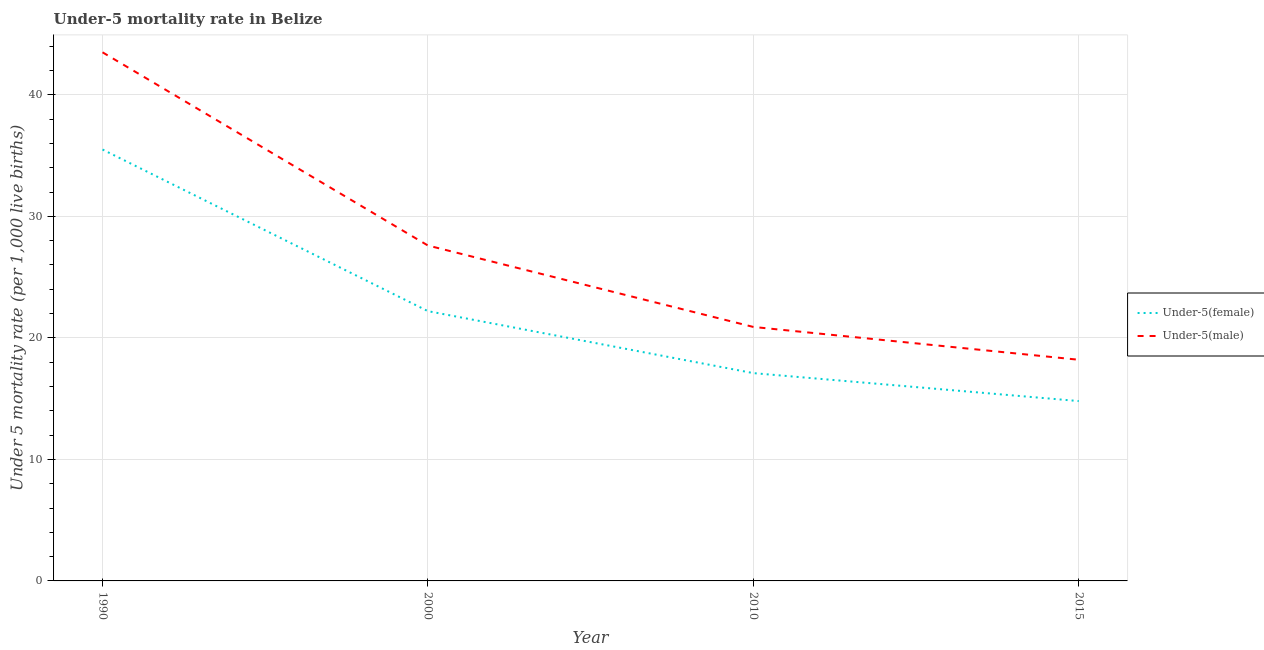
| Year | Under-5(female) | Under-5(male) |
 | --- | --- | --- |
 | 1990 | 35.5 | 43.5 |
 | 2000 | 22.2 | 27.6 |
 | 2010 | 17.1 | 20.9 |
 | 2015 | 14.8 | 18.2 |